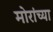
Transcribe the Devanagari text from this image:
मोरांच्या